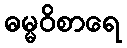
ဓမ္မဝိစာရေ